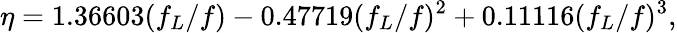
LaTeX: \eta=1.36603(f_{L}/f)-0.47719(f_{L}/f)^{2}+0.11116(f_{L}/f)^{3},